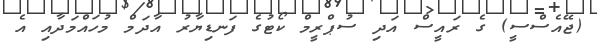
(ޖޭއެސްސީ) ގެ ރައީސް އަދި ސުޕްރީމް ކޯޓުގެ ފަނޑިޔާރު އާދަމް މުހައްމަދާއި އެ